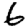
Digit: 6